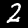
Digit: 2